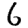
Digit: 6